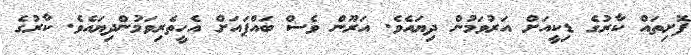
ފޮށިތައް ކާރުގެ ޑިކީއަށް އަރުވަމުން ދިޔައެވެ. އަރޫން ވެސް ބައްޕައަށް އެހީތެރިވަމުންދިޔައެވެ. ކާރުގެ